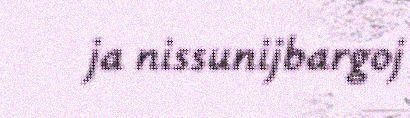
ja nissunijbargoj